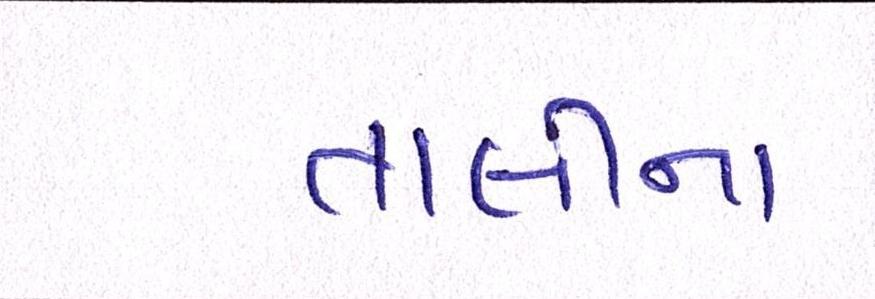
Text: તાલીના